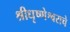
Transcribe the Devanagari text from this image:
श्रीधृष्णेश्वराचे